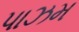
પાઝમ